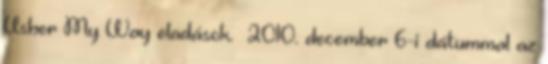
Usher My Way eladások. 2010. december 6-i dátummal az